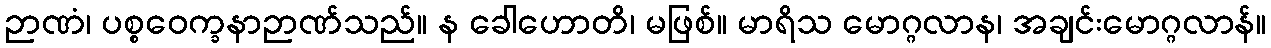
ဉာဏံ၊ ပစ္စဝေက္ခနာဉာဏ်သည်။ န ခေါဟောတိ၊ မဖြစ်။ မာရိသ မောဂ္ဂလာန၊ အချင်းမောဂ္ဂလာန်။